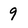
Character: 9